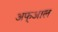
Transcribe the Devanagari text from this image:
अफ्आल